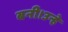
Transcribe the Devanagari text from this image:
बनी।उन्हे